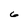
Character: 6